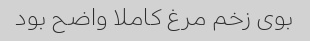
بوی زخم مرغ کاملا واضح بود